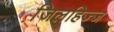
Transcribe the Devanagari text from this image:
जि़लहिज्ज